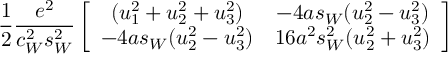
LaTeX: { \frac { 1 } { 2 } } { \frac { e ^ { 2 } } { c _ { W } ^ { 2 } s _ { W } ^ { 2 } } } \left[ \begin{array} { c c } { { ( u _ { 1 } ^ { 2 } + u _ { 2 } ^ { 2 } + u _ { 3 } ^ { 2 } ) } } & { { - 4 a s _ { W } ( u _ { 2 } ^ { 2 } - u _ { 3 } ^ { 2 } ) } } \\ { { - 4 a s _ { W } ( u _ { 2 } ^ { 2 } - u _ { 3 } ^ { 2 } ) } } & { { 1 6 a ^ { 2 } s _ { W } ^ { 2 } ( u _ { 2 } ^ { 2 } + u _ { 3 } ^ { 2 } ) } } \end{array} \right]